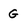
Character: G